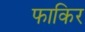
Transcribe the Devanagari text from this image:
फाकिर